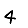
Digit: 4